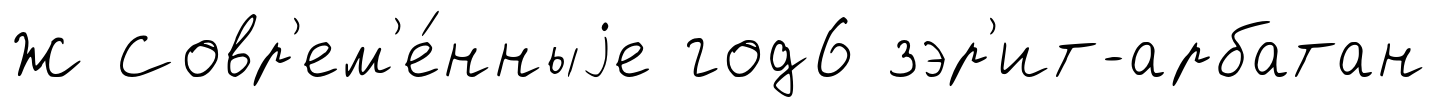
Ж Совр'ем'е́нныjе год6 зэр'ит-арбатан